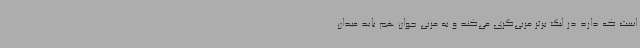
است که دارد در لیگ برتر مربی‌گری می‌کند و به مربی جوان هم باید میدان